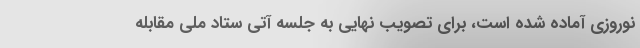
نوروزی آماده شده است، برای تصویب نهایی به جلسه آتی ستاد ملی مقابله